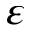
\varepsilon